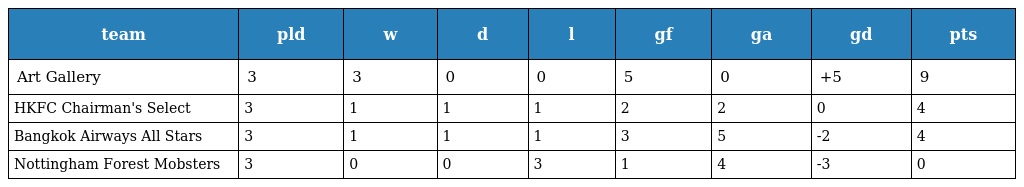
| team | pld | w | d | l | gf | ga | gd | pts |
 | --- | --- | --- | --- | --- | --- | --- | --- | --- |
 | Art Gallery | 3 | 3 | 0 | 0 | 5 | 0 | +5 | 9 |
 | HKFC Chairman's Select | 3 | 1 | 1 | 1 | 2 | 2 | 0 | 4 |
 | Bangkok Airways All Stars | 3 | 1 | 1 | 1 | 3 | 5 | -2 | 4 |
 | Nottingham Forest Mobsters | 3 | 0 | 0 | 3 | 1 | 4 | -3 | 0 |